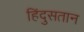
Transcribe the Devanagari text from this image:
हिंदुसतान